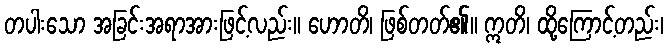
တပါးသော အခြင်းအရာအားဖြင့်လည်း။ ဟောတိ၊ ဖြစ်တတ်၏။ ဣတိ၊ ထို့ကြောင့်တည်း၊